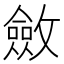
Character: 斂